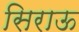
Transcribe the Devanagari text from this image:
सिराऊ